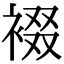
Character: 裰